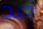
جيد